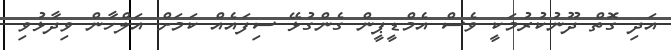
އަދި ގޮތް ދޫނުކުރުމަކީ ވެސް އެމްޑީޕީން ގެންގުޅޭ ސިފައެއް ކަމަށް އަލްހާން ވިދާޅުވި